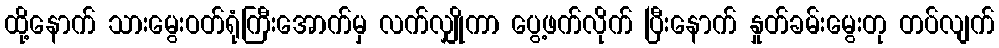
ထို့နောက် သားမွေးဝတ်ရုံကြီးအောက်မှ လက်လျှိုကာ ပွေ့ဖက်လိုက် ပြီးနောက် နှုတ်ခမ်းမွေးတု တပ်လျက်